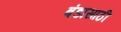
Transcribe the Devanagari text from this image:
बंडासाठी